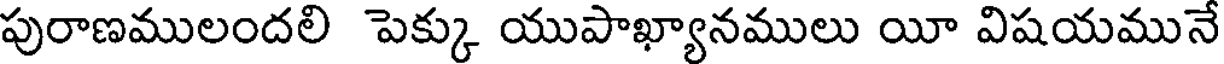
పురాణములందలి పెక్కు యుపాఖ్యానములు యీ విషయమునే